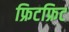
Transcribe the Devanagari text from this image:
फ्रिटफ्रिट